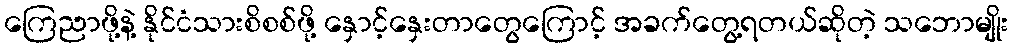
ကြေညာဖို့နဲ့ နိုင်ငံသားစိစစ်ဖို့ နှောင့်နှေးတာတွေကြောင့် အခက်တွေ့ရတယ်ဆိုတဲ့ သဘောမျိုး